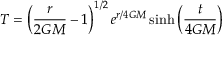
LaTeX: T = \left( { \frac { r } { 2 G M } } - 1 \right) ^ { 1 / 2 } e ^ { r / 4 G M } \sinh \left( { \frac { t } { 4 G M } } \right)